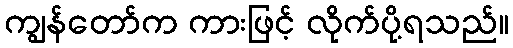
ကျွန်တော်က ကားဖြင့် လိုက်ပို့ရသည်။